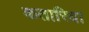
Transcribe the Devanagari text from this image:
कतारिया